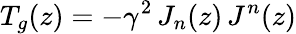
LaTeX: T_{g}(z)=-\gamma^{2}\, J_{n}(z)\, J^{n}(z)